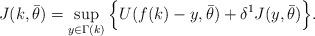
LaTeX: \begin{align*}J(k,\bar{\theta})=\sup_{y \in \Gamma(k)}\Big\{U(f(k)-y,\bar{\theta}) + \delta^1 J(y,\bar{\theta})\Big\}.\end{align*}